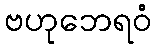
ဗဟုဘေရဝံ